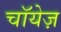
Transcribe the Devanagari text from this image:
चॉयेज़